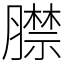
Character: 𦡞